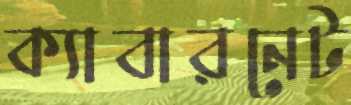
ক্যাবারনেট